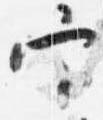
官